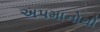
અપમાનોથી